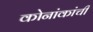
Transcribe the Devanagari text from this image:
कोनांकांची